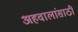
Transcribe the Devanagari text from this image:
अहवालांसाठी